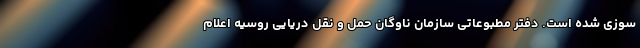
سوزی شده است. دفتر مطبوعاتی سازمان ناوگان حمل و نقل دریایی روسیه اعلام